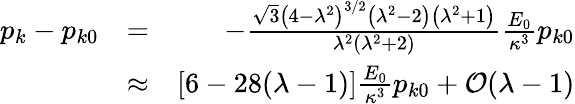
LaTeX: \begin{array}{rlr}{p_{k}-p_{k0}}&{=}&{-\frac{\sqrt{3}\left(4-\lambda^{2}\right)^{3/2}\left(\lambda^{2}-2\right)\left(\lambda^{2}+1\right)}{\lambda^{2}\left(\lambda^{2}+2\right)}\frac{E_{0}}{\kappa^{3}}p_{k0}}\\ &{\approx}&{\left[6-28(\lambda-1)\right]\frac{E_{0}}{\kappa^{3}}p_{k0}+{\cal O}(\lambda-1)}\end{array}